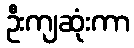
ဦးကျဆုံးကာ